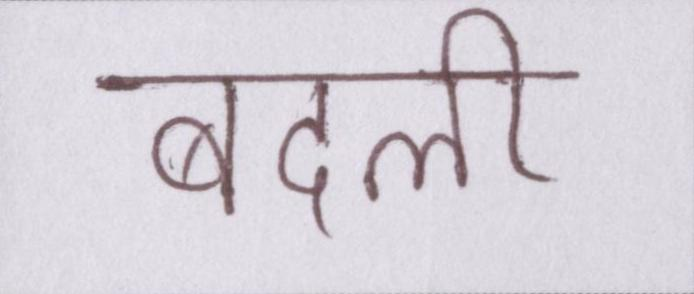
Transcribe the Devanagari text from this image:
बदली